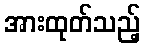
အားထုတ်သည့်